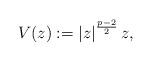
LaTeX: \begin{align*}V(z) : = \left\lvert z \right\rvert^{\frac{p-2}{2}} z , \end{align*}